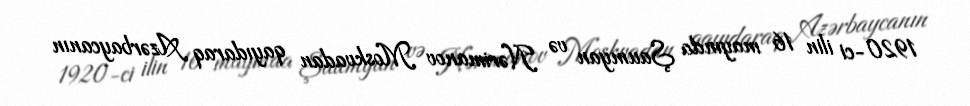
1920-ci ilin 16 mayında Şaumyan və Nərimanov Moskvadan qayıdaraq Azərbaycanın